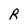
Character: R